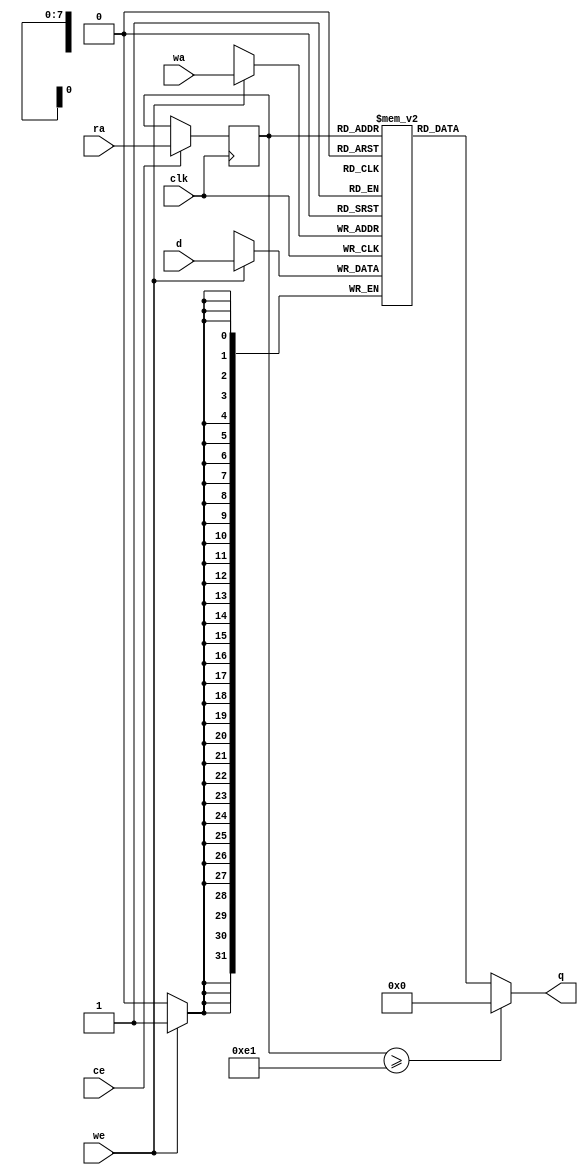
// ==============================================================
// File generated by AutoPilot - High-Level Synthesis System (C, C++, SystemC)
// Version: 2010.a.3
// Copyright (C) :2006-2010 AutoESL Design Technologies, Inc.
// 
// ==============================================================



`timescale 1 ns / 1 ps




`celldefine
module denoise_r0_p2_core (q, ra, ce, clk, d, wa, we);
   parameter READ_PORT_COUNT=32'd1;
   parameter WRITE_PORT_COUNT=32'd1;
   parameter DATA_WIDTH=32'd32;
   parameter ADDRESS_WIDTH=32'd8;
   parameter WORD_COUNT=32'd225;

   output [READ_PORT_COUNT*DATA_WIDTH-1:0] q;
   input [READ_PORT_COUNT*ADDRESS_WIDTH-1:0]  ra;
   input [READ_PORT_COUNT-1:0]  ce;
   input [WRITE_PORT_COUNT*DATA_WIDTH-1:0] d;
   input [WRITE_PORT_COUNT*ADDRESS_WIDTH-1:0] wa;
   input [WRITE_PORT_COUNT-1:0]               we;
   input                                      clk;

   integer                                    i,j,k;

   reg [DATA_WIDTH-1:0]                       mem [0:WORD_COUNT-1];
   reg [ADDRESS_WIDTH-1:0]                    rat;
   reg [ADDRESS_WIDTH-1:0]                    rai [READ_PORT_COUNT-1:0];
   reg [ADDRESS_WIDTH-1:0]                    rai_reg [READ_PORT_COUNT-1:0];
   reg [READ_PORT_COUNT*DATA_WIDTH-1:0]       qi;
   reg [DATA_WIDTH-1:0]                       qt;
   reg [DATA_WIDTH-1:0]                       di [WRITE_PORT_COUNT-1:0];
   reg [DATA_WIDTH-1:0]                       dt;
   reg [ADDRESS_WIDTH-1:0]                    wat;
   reg [ADDRESS_WIDTH-1:0]                    wai [WRITE_PORT_COUNT-1:0];




   // Split input data
   always @ (d) begin
      for (i=0;i<WRITE_PORT_COUNT;i=i+1) begin
         for (j=0;j<DATA_WIDTH;j=j+1) begin
            dt[j]=d[i*DATA_WIDTH+j];
         end
         di[i]=dt;
      end
   end

   // Split write addresses
   always @ (wa) begin
      for (i=0;i<WRITE_PORT_COUNT;i=i+1) begin
         for (j=0;j<ADDRESS_WIDTH;j=j+1) begin
            wat[j]=wa[i*ADDRESS_WIDTH+j];
         end
         wai[i]=wat;
      end
   end

   // Write memory
   always @ (posedge clk) begin
     for (j=0;j<WRITE_PORT_COUNT;j=j+1) begin
        if (we[j]) begin
           mem[wai[j]] <= di[j];
        end
     end
   end

   // Split read addresses
   always @ (ra) begin
      for (i=0;i<READ_PORT_COUNT;i=i+1) begin
         for (j=0;j<ADDRESS_WIDTH;j=j+1) begin
            rat[j]=ra[i*ADDRESS_WIDTH+j];
         end
         rai[i]=rat;
      end
   end

   // guide read addresses using CE
   always @ (posedge clk) begin
      for (i=0;i<READ_PORT_COUNT;i=i+1) begin
         if ( ce[i] ) begin
            rai_reg[i] <= rai[i];
         end
      end
   end


   // Memory read
   always @ (rai_reg[0] or clk) begin
      for (i=0;i<READ_PORT_COUNT;i=i+1) begin
         if (rai_reg[i] >= WORD_COUNT) begin
            qt={DATA_WIDTH {1'b0}};
         end else begin
            qt=mem[rai_reg[i]];
         end
         for (j=0;j<DATA_WIDTH;j=j+1) begin
            qi[i*DATA_WIDTH+j]=qt[j];
         end
      end
   end

   assign q=qi;

endmodule
`endcelldefine


module denoise_r0_p2 (
    address0,
    ce0,
    q0,
    we0,
    d0,


    clk);


parameter DataWidth = 32'd32;
parameter AddressRange = 32'd225;
parameter AddressWidth = 32'd8;

input[AddressWidth-1:0] address0;
input ce0;
output[DataWidth-1:0] q0;
input we0;
input[DataWidth-1:0] d0;
input clk;


reg[DataWidth-1:0] q0;
wire[1 * DataWidth - 1:0] mem_q;
wire[DataWidth - 1:0] mem_q0;
wire[1 - 1:0] mem_we;
wire[1 * DataWidth - 1:0] mem_d;
wire[1 * AddressWidth - 1:0] mem_wa;
wire[1 * AddressWidth - 1:0]  mem_ra;
wire[1 - 1:0]  mem_ce;


denoise_r0_p2_core #(
    .READ_PORT_COUNT( 1 ),
    .WRITE_PORT_COUNT( 1 ),
    .DATA_WIDTH( DataWidth ),
    .ADDRESS_WIDTH( AddressWidth ),
    .WORD_COUNT( AddressRange ))
core_inst (
    .q( mem_q ),
    .ra( mem_ra ),
    .ce( mem_ce ),
    .d( mem_d ),
    .wa( mem_wa ),
    .we( mem_we ),
    .clk( clk ));


assign mem_q0 =  mem_q[1 * DataWidth - 1 : 0 * DataWidth];

always @ (mem_q0) begin
        q0 = mem_q0;
end

assign mem_ra = {address0};
assign mem_ce = {ce0};

assign mem_we[0] = we0;

assign mem_d = {d0};

assign mem_wa = {address0};

endmodule